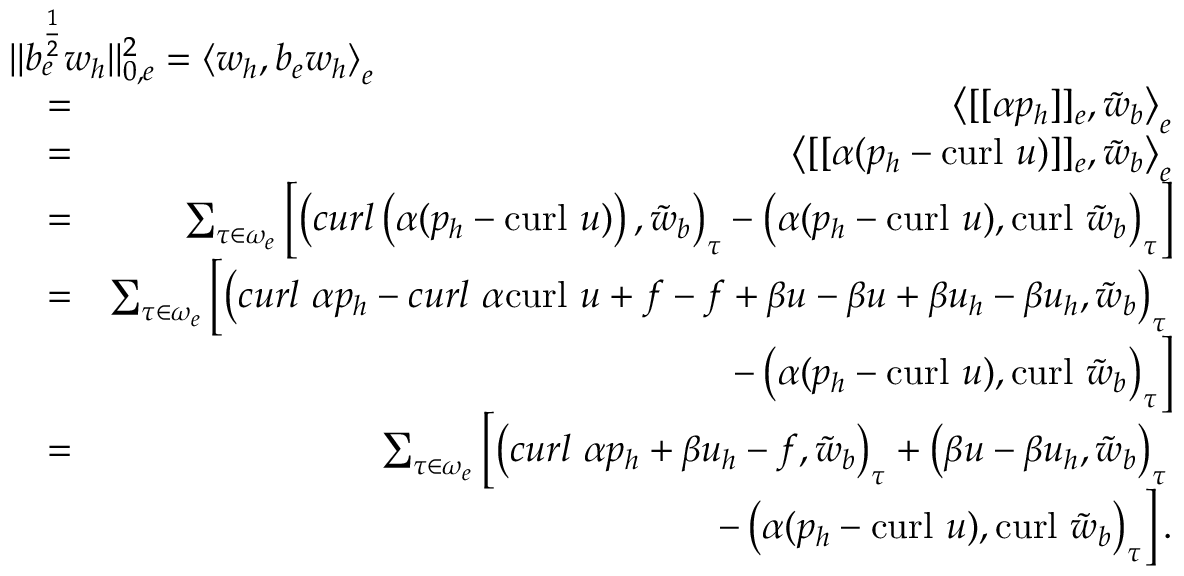
\begin{array} { r l r } { \lefteqn { \| b _ { e } ^ { \frac { 1 } { 2 } } \boldsymbol { w } _ { h } \| _ { 0 , e } ^ { 2 } = \left\langle \boldsymbol { w } _ { h } , b _ { e } \boldsymbol { w } _ { h } \right\rangle _ { e } } } \\ & { = } & { \left\langle [ [ \alpha { p } _ { h } ] ] _ { e } , \tilde { \boldsymbol { w } } _ { b } \right\rangle _ { e } } \\ & { = } & { \left\langle [ [ \alpha ( p _ { h } - \mathrm { c u r l } ~ \boldsymbol { u } ) ] ] _ { e } , \tilde { \boldsymbol { w } } _ { b } \right\rangle _ { e } } \\ & { = } & { \sum _ { \tau \in \omega _ { e } } \left[ \left( \boldsymbol { c u r l } \left( \alpha ( p _ { h } - \mathrm { c u r l } ~ \boldsymbol { u } ) \right) , \tilde { \boldsymbol { w } } _ { b } \right) _ { \tau } - \left( \alpha ( p _ { h } - \mathrm { c u r l } ~ \boldsymbol { u } ) , \mathrm { c u r l } ~ \tilde { \boldsymbol { w } } _ { b } \right) _ { \tau } \right] } \\ & { = } & { \sum _ { \tau \in \omega _ { e } } \left[ \left( \boldsymbol { c u r l } ~ \alpha p _ { h } - \boldsymbol { c u r l } ~ \alpha \mathrm { c u r l } ~ \boldsymbol { u } + \boldsymbol { f } - \boldsymbol { f } + \beta \boldsymbol { u } - \beta \boldsymbol { u } + \beta \boldsymbol { u } _ { h } - \beta \boldsymbol { u } _ { h } , \tilde { \boldsymbol { w } } _ { b } \right) _ { \tau } \right. } \\ & { } & { \left. - \left( \alpha ( p _ { h } - \mathrm { c u r l } ~ \boldsymbol { u } ) , \mathrm { c u r l } ~ \tilde { \boldsymbol { w } } _ { b } \right) _ { \tau } \right] } \\ & { = } & { \sum _ { \tau \in \omega _ { e } } \left[ \left( \boldsymbol { c u r l } ~ \alpha p _ { h } + \beta \boldsymbol { u } _ { h } - \boldsymbol { f } , \tilde { \boldsymbol { w } } _ { b } \right) _ { \tau } + \left( \beta \boldsymbol { u } - \beta \boldsymbol { u } _ { h } , \tilde { \boldsymbol { w } } _ { b } \right) _ { \tau } \right. } \\ & { } & { \left. - \left( \alpha ( p _ { h } - \mathrm { c u r l } ~ \boldsymbol { u } ) , \mathrm { c u r l } ~ \tilde { \boldsymbol { w } } _ { b } \right) _ { \tau } \right] . } \end{array}